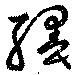
纁